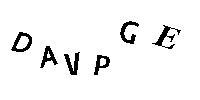
DAVPGE